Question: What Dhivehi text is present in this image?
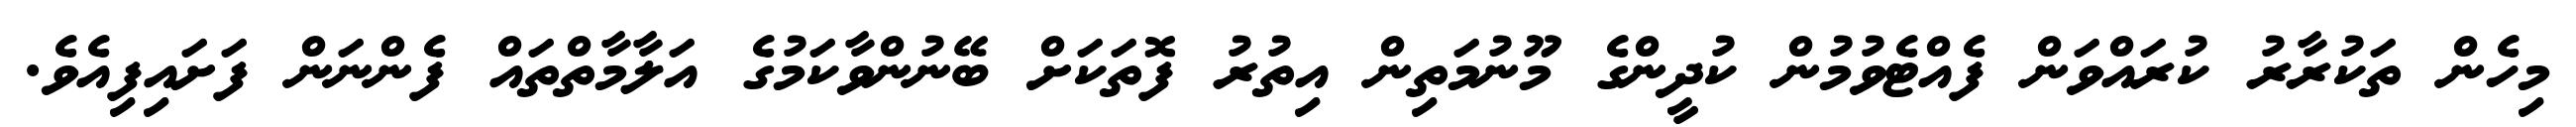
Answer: މިހެން ތަކުރާރު ކުރައްވަން ފެއްޓެވުމުން ކުދީންގެ މޫނުމަތިން އިތުރު ފޮތަކަށް ބޭނުންވާކަމުގެ އަލާމާތްތައް ފެންނަން ފަށައިފިއެވެ.